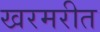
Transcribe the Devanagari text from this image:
खरमरीत